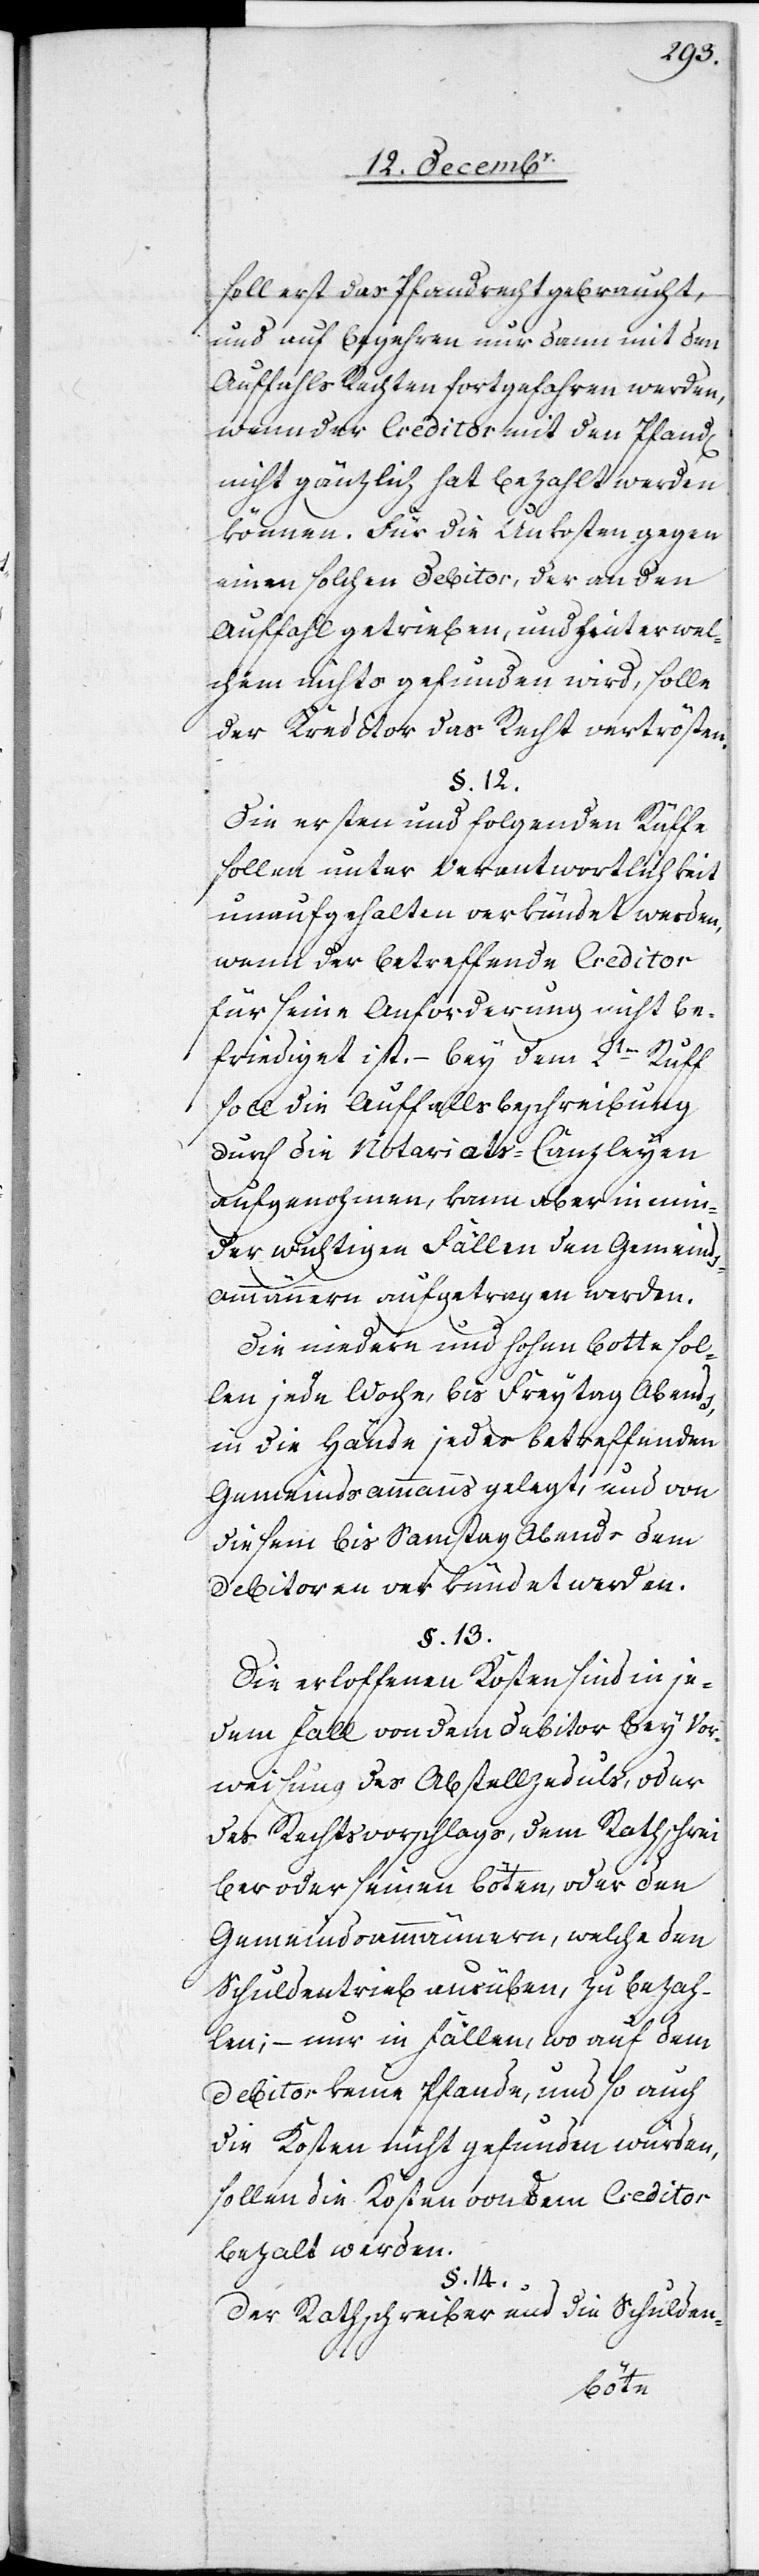
soll erst das Pfandrecht gebraucht,
und auf Begehren nur dann mit den
Auffahls[-]Rechten fortgefahren werden,
wenn der Creditor mit den Pfand[en]
nicht gänzlich hat bezahlt werden
können. Für die Unkosten gegen
einen solchen Debitor, der an den
Auffahl getrieben, und hinter wel¬
chem nichts gefunden wird, solle
der Kreditor das Recht vertrösten.
§. 12.
Die ersten und folgenden Rüffe
sollen unter Verantwortlichkeit
unaufgehalten verkündet werden,
wenn der betreffende Creditor
für seine Anforderung nicht be¬
friediget ist. – Bey dem 2ten Ruff
soll die Auffallsbeschreibung
durch die Notariats-Canzleyen
aufgenohmen, kann aber in min¬
der wichtigen Fällen den Gemeinds¬
ammännern aufgetragen werden.
Die niedern und hohen Botte sol¬
len jede Woche, bis Freytag Abends,
in die Hände jedes betreffenden
Gemeindsammanns gelegt, und von
diesem bis Samstag Abends dem
Debitoren verkündet werden.
§. 13.
Die erloffenen Kosten sind in je¬
dem Fall von dem Debitor bey Vor¬
weisung des Abstellzeduls, oder
des Rechtsvorschlags, dem Rathschrei¬
ber oder seinen Boten, oder den
Gemeindsammännern, welche den
Schuldentrieb ausüben, zu bezah¬
len; – nur in Fällen, wo auf dem
Debitor keine Pfande, und so auch
die Kosten nicht gefunden würden,
sollen die Kosten von dem Creditor
bezalt werden.
§. 14.
Der Rathschreiber und die Schulden-